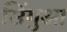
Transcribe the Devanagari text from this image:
सिंगुआ